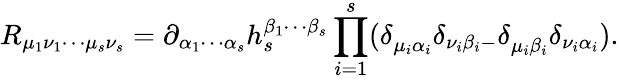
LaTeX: R_{\mu_{1}\nu_{1}\cdots\mu_{s}\nu_{s}}=\partial_{\alpha_{1}\cdots\alpha_{s}}h_{s}^{\beta_{1}\cdots\beta_{s}}\prod_{i=1}^{s}(\delta_{\mu_{i}\alpha_{i}}^{{}}\delta_{\nu_{i}\beta_{i}-}\delta_{\mu_{i}\beta_{i}}^{{}}\delta_{\nu_{i}\alpha_{i}}).